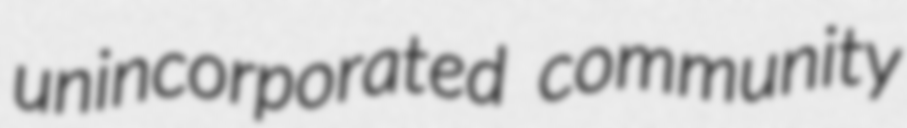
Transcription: unincorporated community